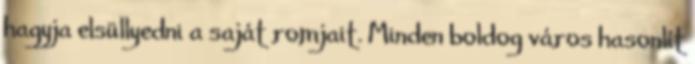
hagyja elsüllyedni a saját romjait. Minden boldog város hasonlít